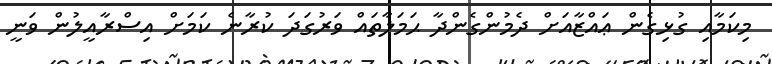
މިކަމާއި ގުޅިގެން ޢައްޒާއަށް ދެމުންގެންދާ ޙަމަލާތައް ވަރުގަދަ ކުރާނެ ކަމަށް އިސްރާއީލުން ވަނީ